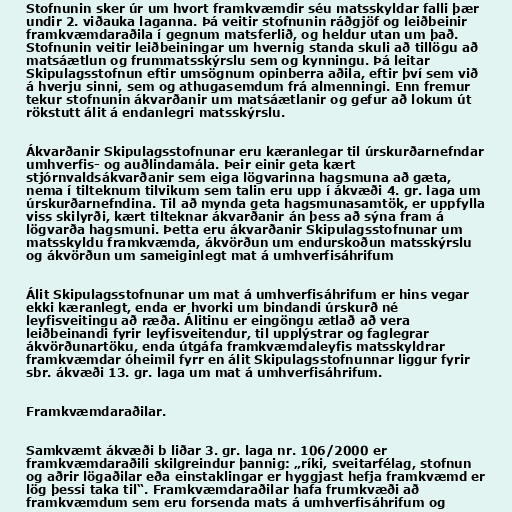
Stofnunin sker úr um hvort framkvæmdir séu matsskyldar falli þær
undir 2. viðauka laganna. Þá veitir stofnunin ráðgjöf og leiðbeinir
framkvæmdaraðila í gegnum matsferlið, og heldur utan um það.
Stofnunin veitir leiðbeiningar um hvernig standa skuli að tillögu að
matsáætlun og frummatsskýrslu sem og kynningu. Þá leitar
Skipulagsstofnun eftir umsögnum opinberra aðila, eftir því sem við
á hverju sinni, sem og athugasemdum frá almenningi. Enn fremur
tekur stofnunin ákvarðanir um matsáætlanir og gefur að lokum út
rökstutt álit á endanlegri matsskýrslu.

Ákvarðanir Skipulagsstofnunar eru kæranlegar til úrskurðarnefndar
umhverfis- og auðlindamála. Þeir einir geta kært
stjórnvaldsákvarðanir sem eiga lögvarinna hagsmuna að gæta,
nema í tilteknum tilvikum sem talin eru upp í ákvæði 4. gr. laga um
úrskurðarnefndina. Til að mynda geta hagsmunasamtök, er uppfylla
viss skilyrði, kært tilteknar ákvarðanir án þess að sýna fram á
lögvarða hagsmuni. Þetta eru ákvarðanir Skipulagsstofnunar um
matsskyldu framkvæmda, ákvörðun um endurskoðun matsskýrslu
og ákvörðun um sameiginlegt mat á umhverfisáhrifum

Álit Skipulagsstofnunar um mat á umhverfisáhrifum er hins vegar
ekki kæranlegt, enda er hvorki um bindandi úrskurð né
leyfisveitingu að ræða. Álitinu er eingöngu ætlað að vera
leiðbeinandi fyrir leyfisveitendur, til upplýstrar og faglegrar
ákvörðunartöku, enda útgáfa framkvæmdaleyfis matsskyldrar
framkvæmdar óheimil fyrr en álit Skipulagsstofnunnar liggur fyrir
sbr. ákvæði 13. gr. laga um mat á umhverfisáhrifum.

Framkvæmdaraðilar.

Samkvæmt ákvæði b liðar 3. gr. laga nr. 106/2000 er
framkvæmdaraðili skilgreindur þannig: „ríki, sveitarfélag, stofnun
og aðrir lögaðilar eða einstaklingar er hyggjast hefja framkvæmd er
lög þessi taka til“. Framkvæmdaraðilar hafa frumkvæði að
framkvæmdum sem eru forsenda mats á umhverfisáhrifum og